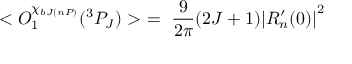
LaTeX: < O _ { 1 } ^ { \chi _ { b J ( n P ) } } ( ^ { 3 } P _ { J } ) > \ = \ \frac { 9 } { 2 \pi } ( 2 J + 1 ) { \mid } R _ { n } ^ { \prime } ( 0 ) { \mid } ^ { 2 }